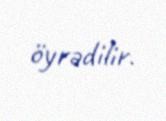
öyrədilir.